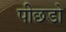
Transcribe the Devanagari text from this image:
पीछडो